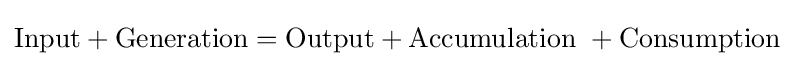
{\text{Input}}+{\text{Generation}}={\text{Output}}+{\text{Accumulation}}\ +{\text{Consumption}}